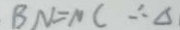
B N = N C \therefore \Delta